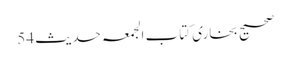
صحیح بخاری کتاب الجمعہ حدیث 54